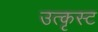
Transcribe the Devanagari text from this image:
उत्कृस्ट